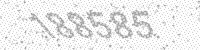
Solution: 188585